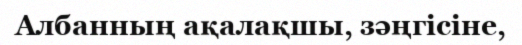
Албанның ақалақшы, зәңгісіне,